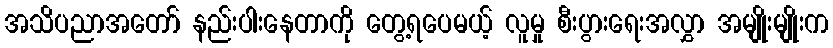
အသိပညာအတော် နည်းပါးနေတာကို တွေ့ရပေမယ့် လူမှု စီးပွားရေးအလွှာ အမျိုးမျိုးက